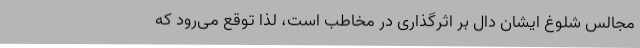
مجالس شلوغ ایشان دال بر اثرگذاری در مخاطب است، لذا توقع می‌رود که